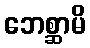
ဘေစ္ဆာမိ